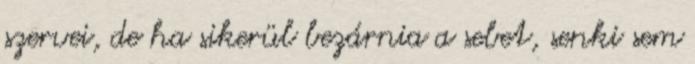
szervei, de ha sikerül bezárnia a sebet, senki sem